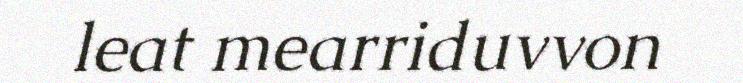
leat mearriduvvon